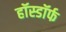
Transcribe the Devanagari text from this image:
हॉस्डॉर्फ